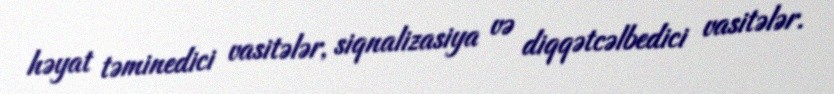
həyat təminedici vasitələr, siqnalizasiya və diqqətcəlbedici vasitələr.